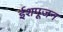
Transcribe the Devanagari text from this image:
ईशपूजन